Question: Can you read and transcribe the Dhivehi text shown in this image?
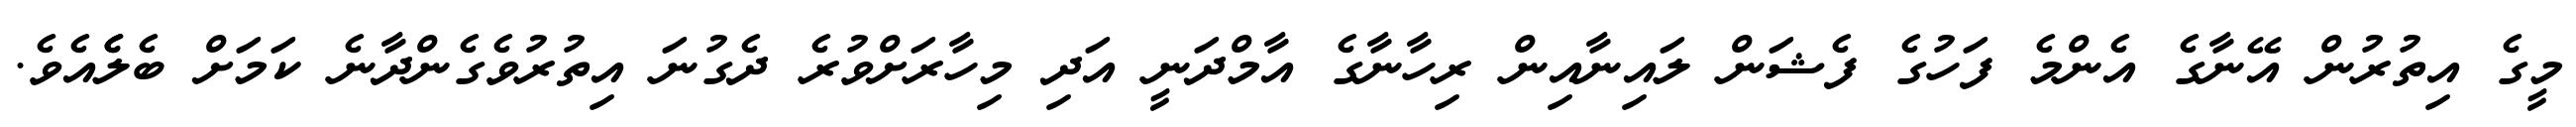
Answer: މީގެ އިތުރުން އޭނާގެ އެންމެ ފަހުގެ ފެޝަން ލައިނާއިން ރިހާނާގެ އާމްދަނީ އަދި މިހާރަށްވުރެ ދެގުނަ އިތުރުވެގެންދާނެ ކަމަށް ބެލެެއެވެ.